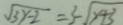
\sqrt { 3 y - 2 } = 3 - \sqrt { y + 3 }